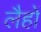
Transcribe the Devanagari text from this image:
लैहों